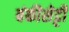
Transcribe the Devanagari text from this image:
बंकीसेट्टी